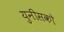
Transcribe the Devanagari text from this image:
युनीसको